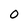
Character: 0